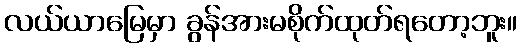
လယ်ယာမြေမှာ ခွန်အားမစိုက်ထုတ်ရတော့ဘူး။